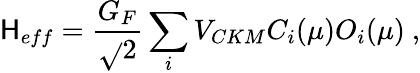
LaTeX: {\cal\mathsf{H}}_{eff}=\frac{{G_{F}}}{{\sqrt{}{2}}}\sum_{i}V_{CKM}C_{i}(\mu)O_{i}(\mu)\ ,